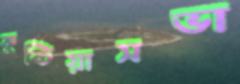
কুষ্টিয়াসভা